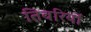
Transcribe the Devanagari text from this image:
तिबरियों